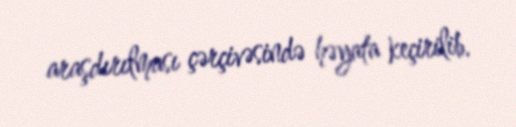
araşdırılması çərçivəsində həyata keçirilib.